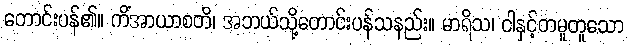
တောင်းပန်၏။ ကိံအာယာစတိ၊ အဘယ်သို့တောင်းပန်သနည်း။ မာရိသ၊ ငါနှင့်တမူတူသော